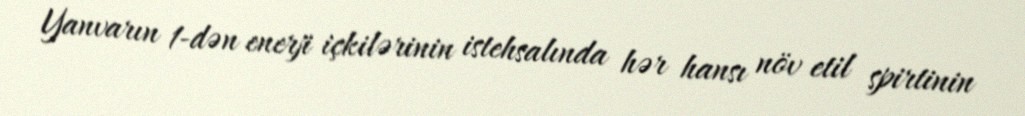
Yanvarın 1-dən enerji içkilərinin istehsalında hər hansı növ etil spirtinin